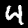
Label: 4